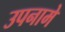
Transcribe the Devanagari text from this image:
उपनामे